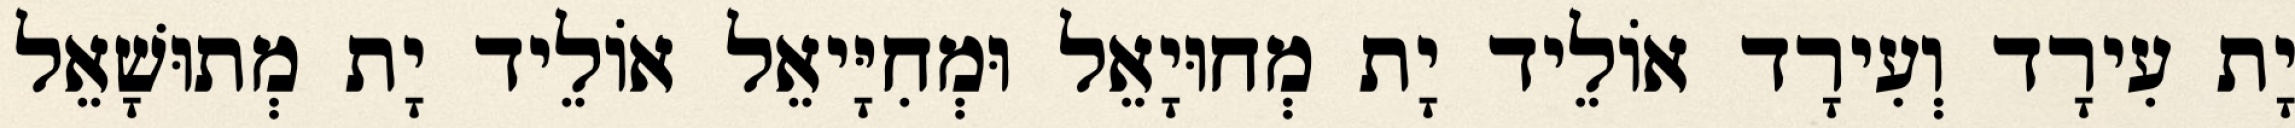
יָת עִירָד וְעִירָד אוֹלֵיד יָת מְחוּיָאֵל וּמְחִיָּיאֵל אוֹלֵיד יָת מְתוּשָׁאֵל